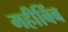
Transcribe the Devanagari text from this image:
महीबिंब